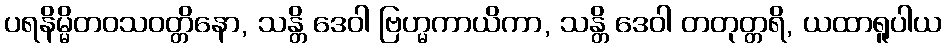
ပရနိမ္မိတဝသဝတ္တိနော, သန္တိ ဒေဝါ ဗြဟ္မကာယိကာ, သန္တိ ဒေဝါ တတုတ္တရိ, ယထာရူပါယ